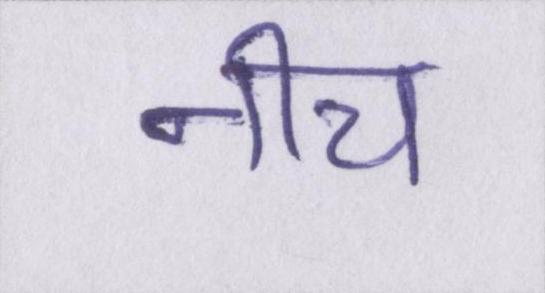
नीच